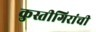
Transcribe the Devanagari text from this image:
कुस्तीगिरांची